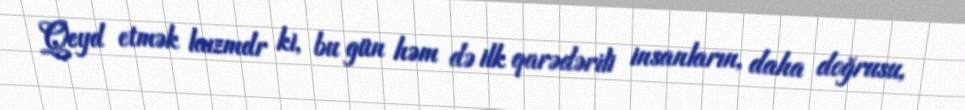
Qeyd etmək laızmdr ki, bu gün həm də ilk qarədərili insanların, daha doğrusu,